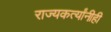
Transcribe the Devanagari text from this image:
राज्यकर्त्यांनीही